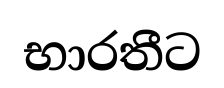
භාරතීට